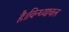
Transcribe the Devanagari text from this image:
है।विन्ध्याचल